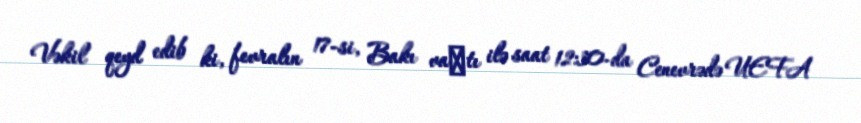
Vəkil qeyd edib ki, fevralın 17-si, Bakı vaхtı ilə saat 12:30-da Cenevrədə UEFA